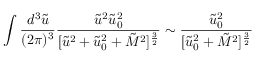
\int \frac { d ^ { 3 } \tilde { u } } { ( 2 \pi ) ^ { 3 } } \frac { \tilde { u } ^ { 2 } \tilde { u } _ { 0 } ^ { 2 } } { [ \tilde { u } ^ { 2 } + \tilde { u } _ { 0 } ^ { 2 } + \tilde { M } ^ { 2 } ] ^ { \frac { 3 } { 2 } } } \sim \frac { \tilde { u } _ { 0 } ^ { 2 } } { [ \tilde { u } _ { 0 } ^ { 2 } + \tilde { M } ^ { 2 } ] ^ { \frac { 3 } { 2 } } }